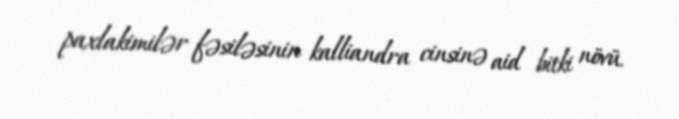
paxlakimilər fəsiləsinin kalliandra cinsinə aid bitki növü.